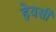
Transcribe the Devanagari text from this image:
हेवर्सी